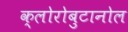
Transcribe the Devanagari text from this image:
क्लोरोबुटानोल